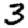
Digit: 3